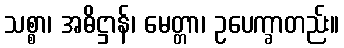
သစ္စာ၊ အဓိဋ္ဌာန်၊ မေတ္တာ၊ ဥပေက္ခာတည်း။